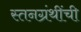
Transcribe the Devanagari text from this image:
स्तनग्रंथींची